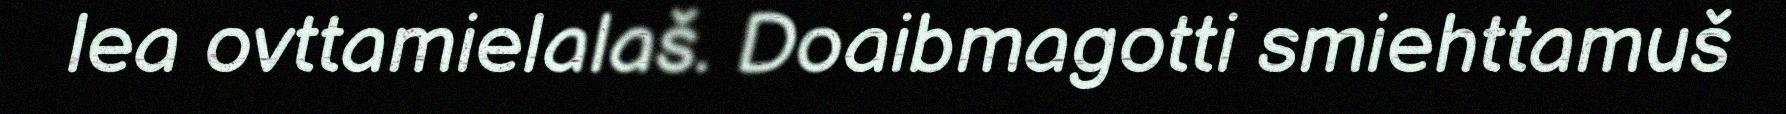
lea ovttamielalaš. Doaibmagotti smiehttamuš